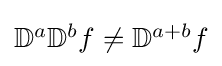
{\textstyle \mathbb {D} ^{a}\mathbb {D} ^{b}f\neq \mathbb {D} ^{a+b}f}